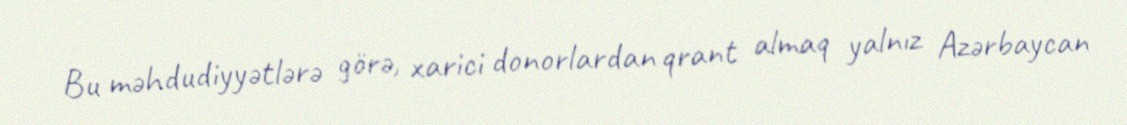
Bu məhdudiyyətlərə görə, xarici donorlardan qrant almaq yalnız Azərbaycan